65_HS1-834228961_62-HQ-83894_Section_8
Agency: FBI
Page 160
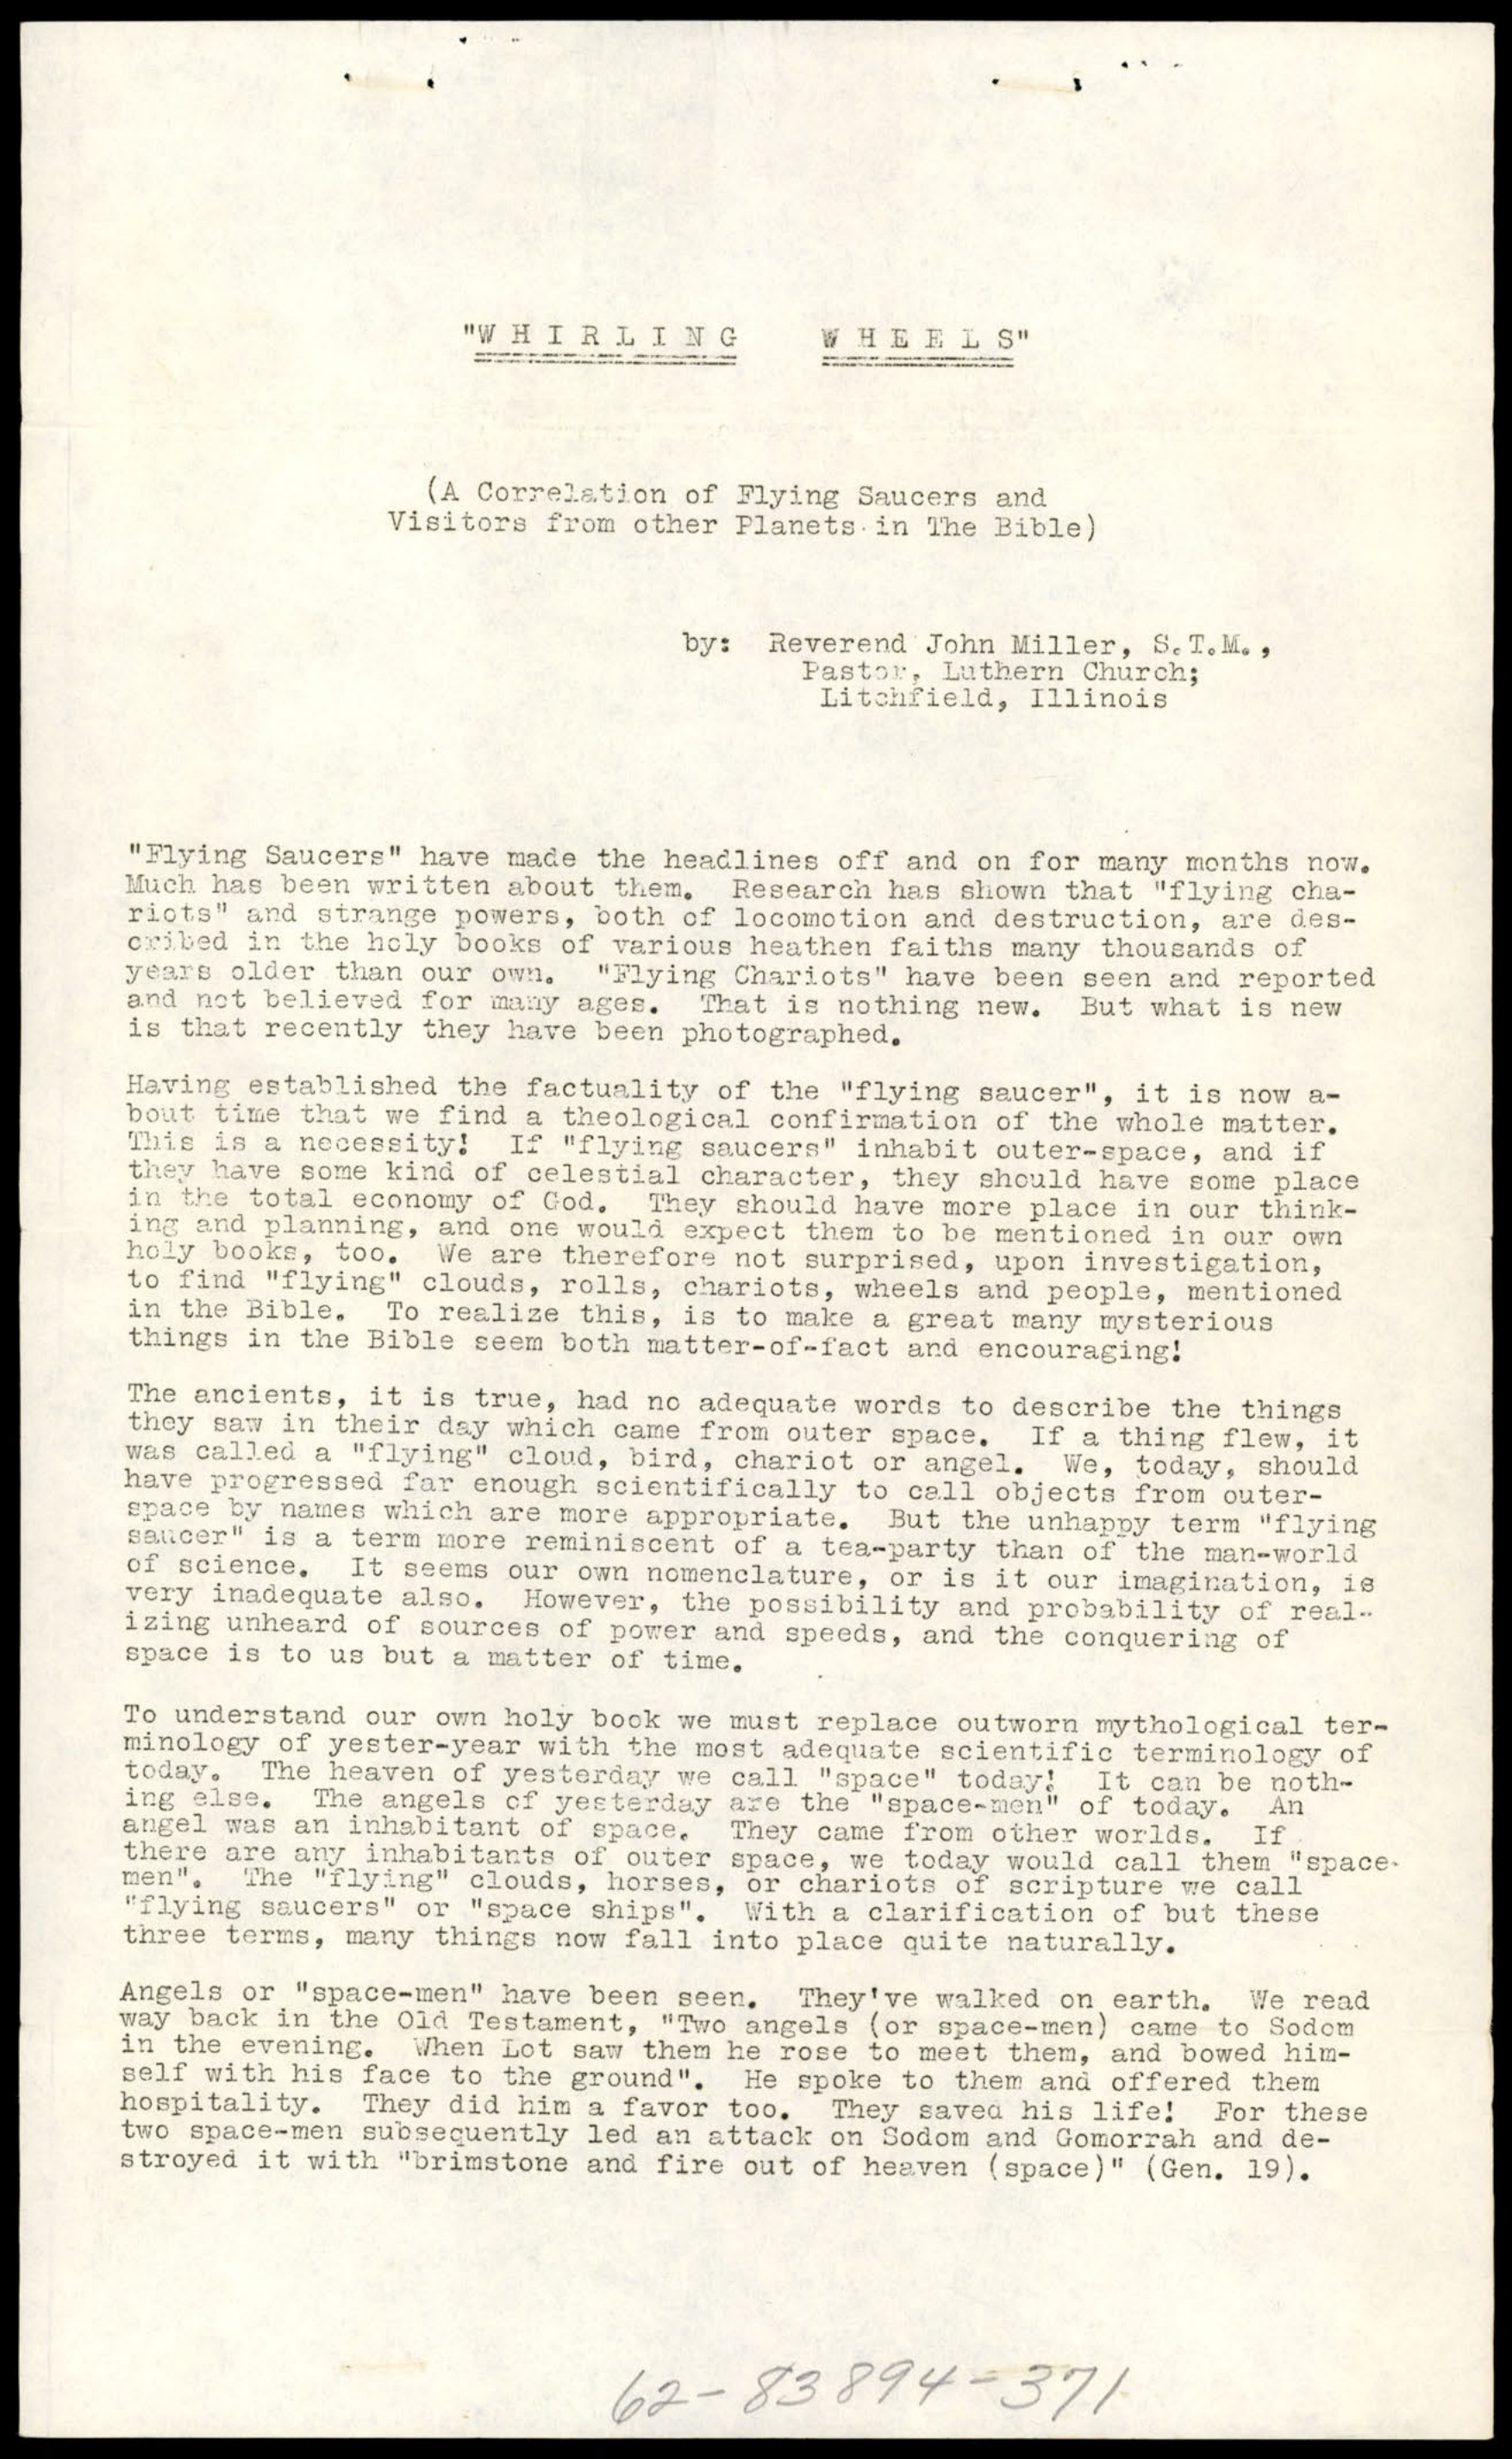